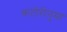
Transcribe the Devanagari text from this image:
कटोरीनुमा